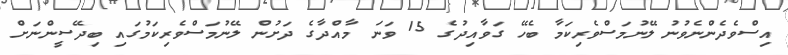
އިސްވެދެންނެވުނު ލޭނުމަސްވެރިކަމާ ބެހޭ ގަވާއިދުގެ 15 ވަނަ މާއްދާގެ ދަށުން ލޭނުމަސްވެރިކަމުގައި ބިދޭސީންނަށް